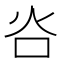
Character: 𬉸